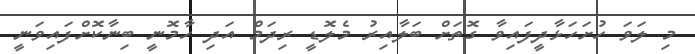
މި ލަވަ ހުށަހަޅާދީފައިވާ ގޮތަށް ބަލާއިރު މެލޮޑީ ރިދަމް އަދި ހާމޮނީ ބިނާކޮށްފައިވަނީ